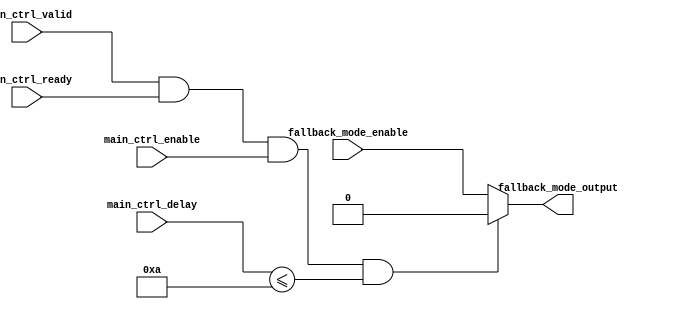
module Fallback_Bypass_Register (
    input wire main_ctrl_valid,
    input wire main_ctrl_ready,
    input wire main_ctrl_enable,
    input wire main_ctrl_delay,
    input wire fallback_mode_enable,
    output reg fallback_mode_output
);

// Define parameters for delay threshold and fallback mode
parameter DELAY_THRESHOLD = 10; // Define the acceptable threshold for delays

always @ (*) begin
    // Check if main control blocks are functioning properly
    if (main_ctrl_valid && main_ctrl_ready && main_ctrl_enable && main_ctrl_delay <= DELAY_THRESHOLD) begin
        // Output main control block result
        fallback_mode_output <= 0;
    end else begin
        // Switch to fallback mode if main control blocks are not functioning properly
        fallback_mode_output <= fallback_mode_enable;
    end
end

endmodule